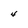
Character: 4